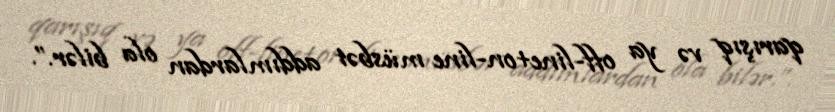
qarışıq və ya off-line+on-line müsbət addımlardan ola bilər.”.